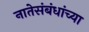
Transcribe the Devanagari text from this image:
नातेसंबंधांच्या